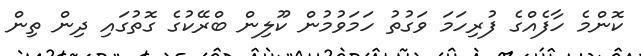
ކޮންމެ ހާފެއްގެ ފުރިހަމަ ވަގުތު ހަމަވުމުން ކޫލިން ބްރޭކުގެ ގޮތުގައި ދިން ތިން